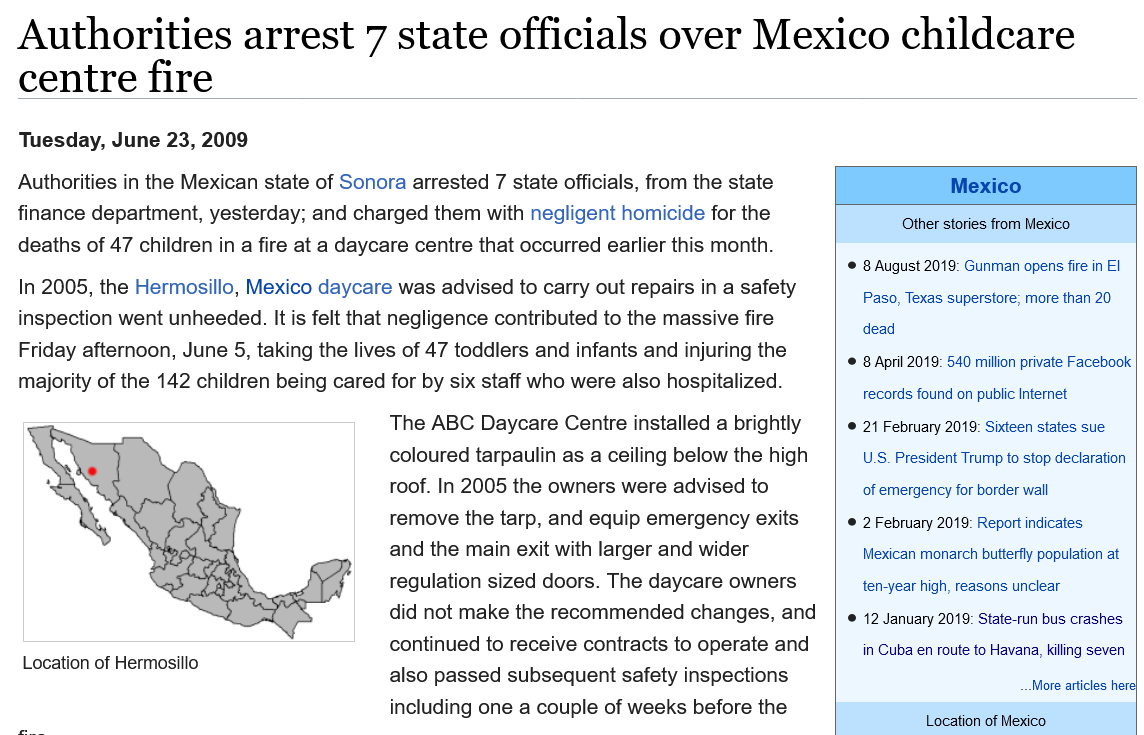
Authorities    arrest    7   state    officials    over    Mexico    childcare
  centre    fire
     The ABC Daycare Centre installed a brightly
     coloured tarpaulin as a ceiling below the high
     roof. In 2005 the owners were advised to
     remove the tarp, and equip emergency exits
     and the main exit with larger and wider
     regulation sized doors. The daycare owners
     did not make the recommended changes, and
     continued to receive contracts to operate and
     also passed subsequent safety inspections
     including one a couple of weeks before the
  In 2005, the Hermosillo, Mexico daycare was advised to carry out repairs in a safety
  inspection went unheeded. It is felt that negligence contributed to the massive fire
  Friday afternoon, June 5, taking the lives of 47 toddlers and infants and injuring the
  majority of the 142 children being cared for by six staff who were also hospitalized.
  Authorities in the Mexican state of Sonora arrested 7 state officials, from the state
  finance department, yesterday; and charged them with negligent homicide for the
  deaths of 47 children in a fire at a daycare centre that occurred earlier this month.
  Tuesday, June 23, 2009
   Location of Hermosillo
     Mexico
     Other stories from Mexico
     ‘© 8 August 2019: Gunman opens fire in El
     Paso, Texas superstore; more than 20
     dead
     © 8 April 2019: 540 million private Facebook
     records found on public Internet
     © 21 February 2019: Sixteen states sue
     U.S. President Trump to stop declaration
     of emergency for border wall
     © 2 February 2019: Report indicates
     Mexican monarch butterfly population at
     ten-year high, reasons unclear
     © 12 January 2019: State-run bus crashes
     in Cuba en route to Havana, killing seven
     More articles here|
     Location of Mexico